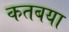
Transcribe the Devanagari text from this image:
कतबया